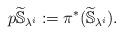
LaTeX: \begin{align*}p\widetilde{\mathbb{S}}_{\lambda^i}:=\pi^{*}(\widetilde{\mathbb{S}}_{\lambda^i}).\end{align*}